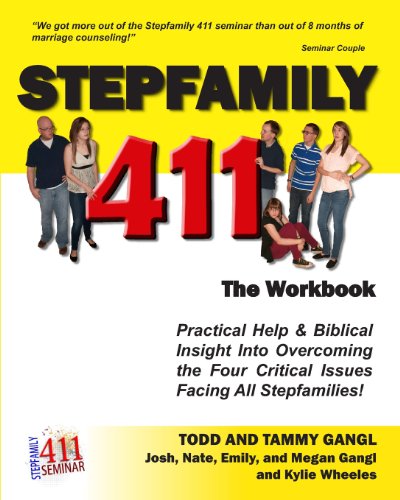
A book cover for StepFamily 411 The Workbook; Todd Gangl; Parenting & Relationships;